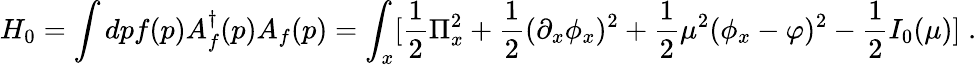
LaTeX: H_{0}=\int dpf(p)A_{f}^{\dagger}(p)A_{f}(p)=\int_{x}[{\frac{1}{2}}\Pi_{x}^{2}+{\frac{1}{2}}(\partial_{x}\phi_{x})^{2}+{\frac{1}{2}}\mu^{2}(\phi_{x}-\varphi)^{2}-{\frac{1}{2}}I_{0}(\mu)]\; .